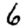
Digit: 6